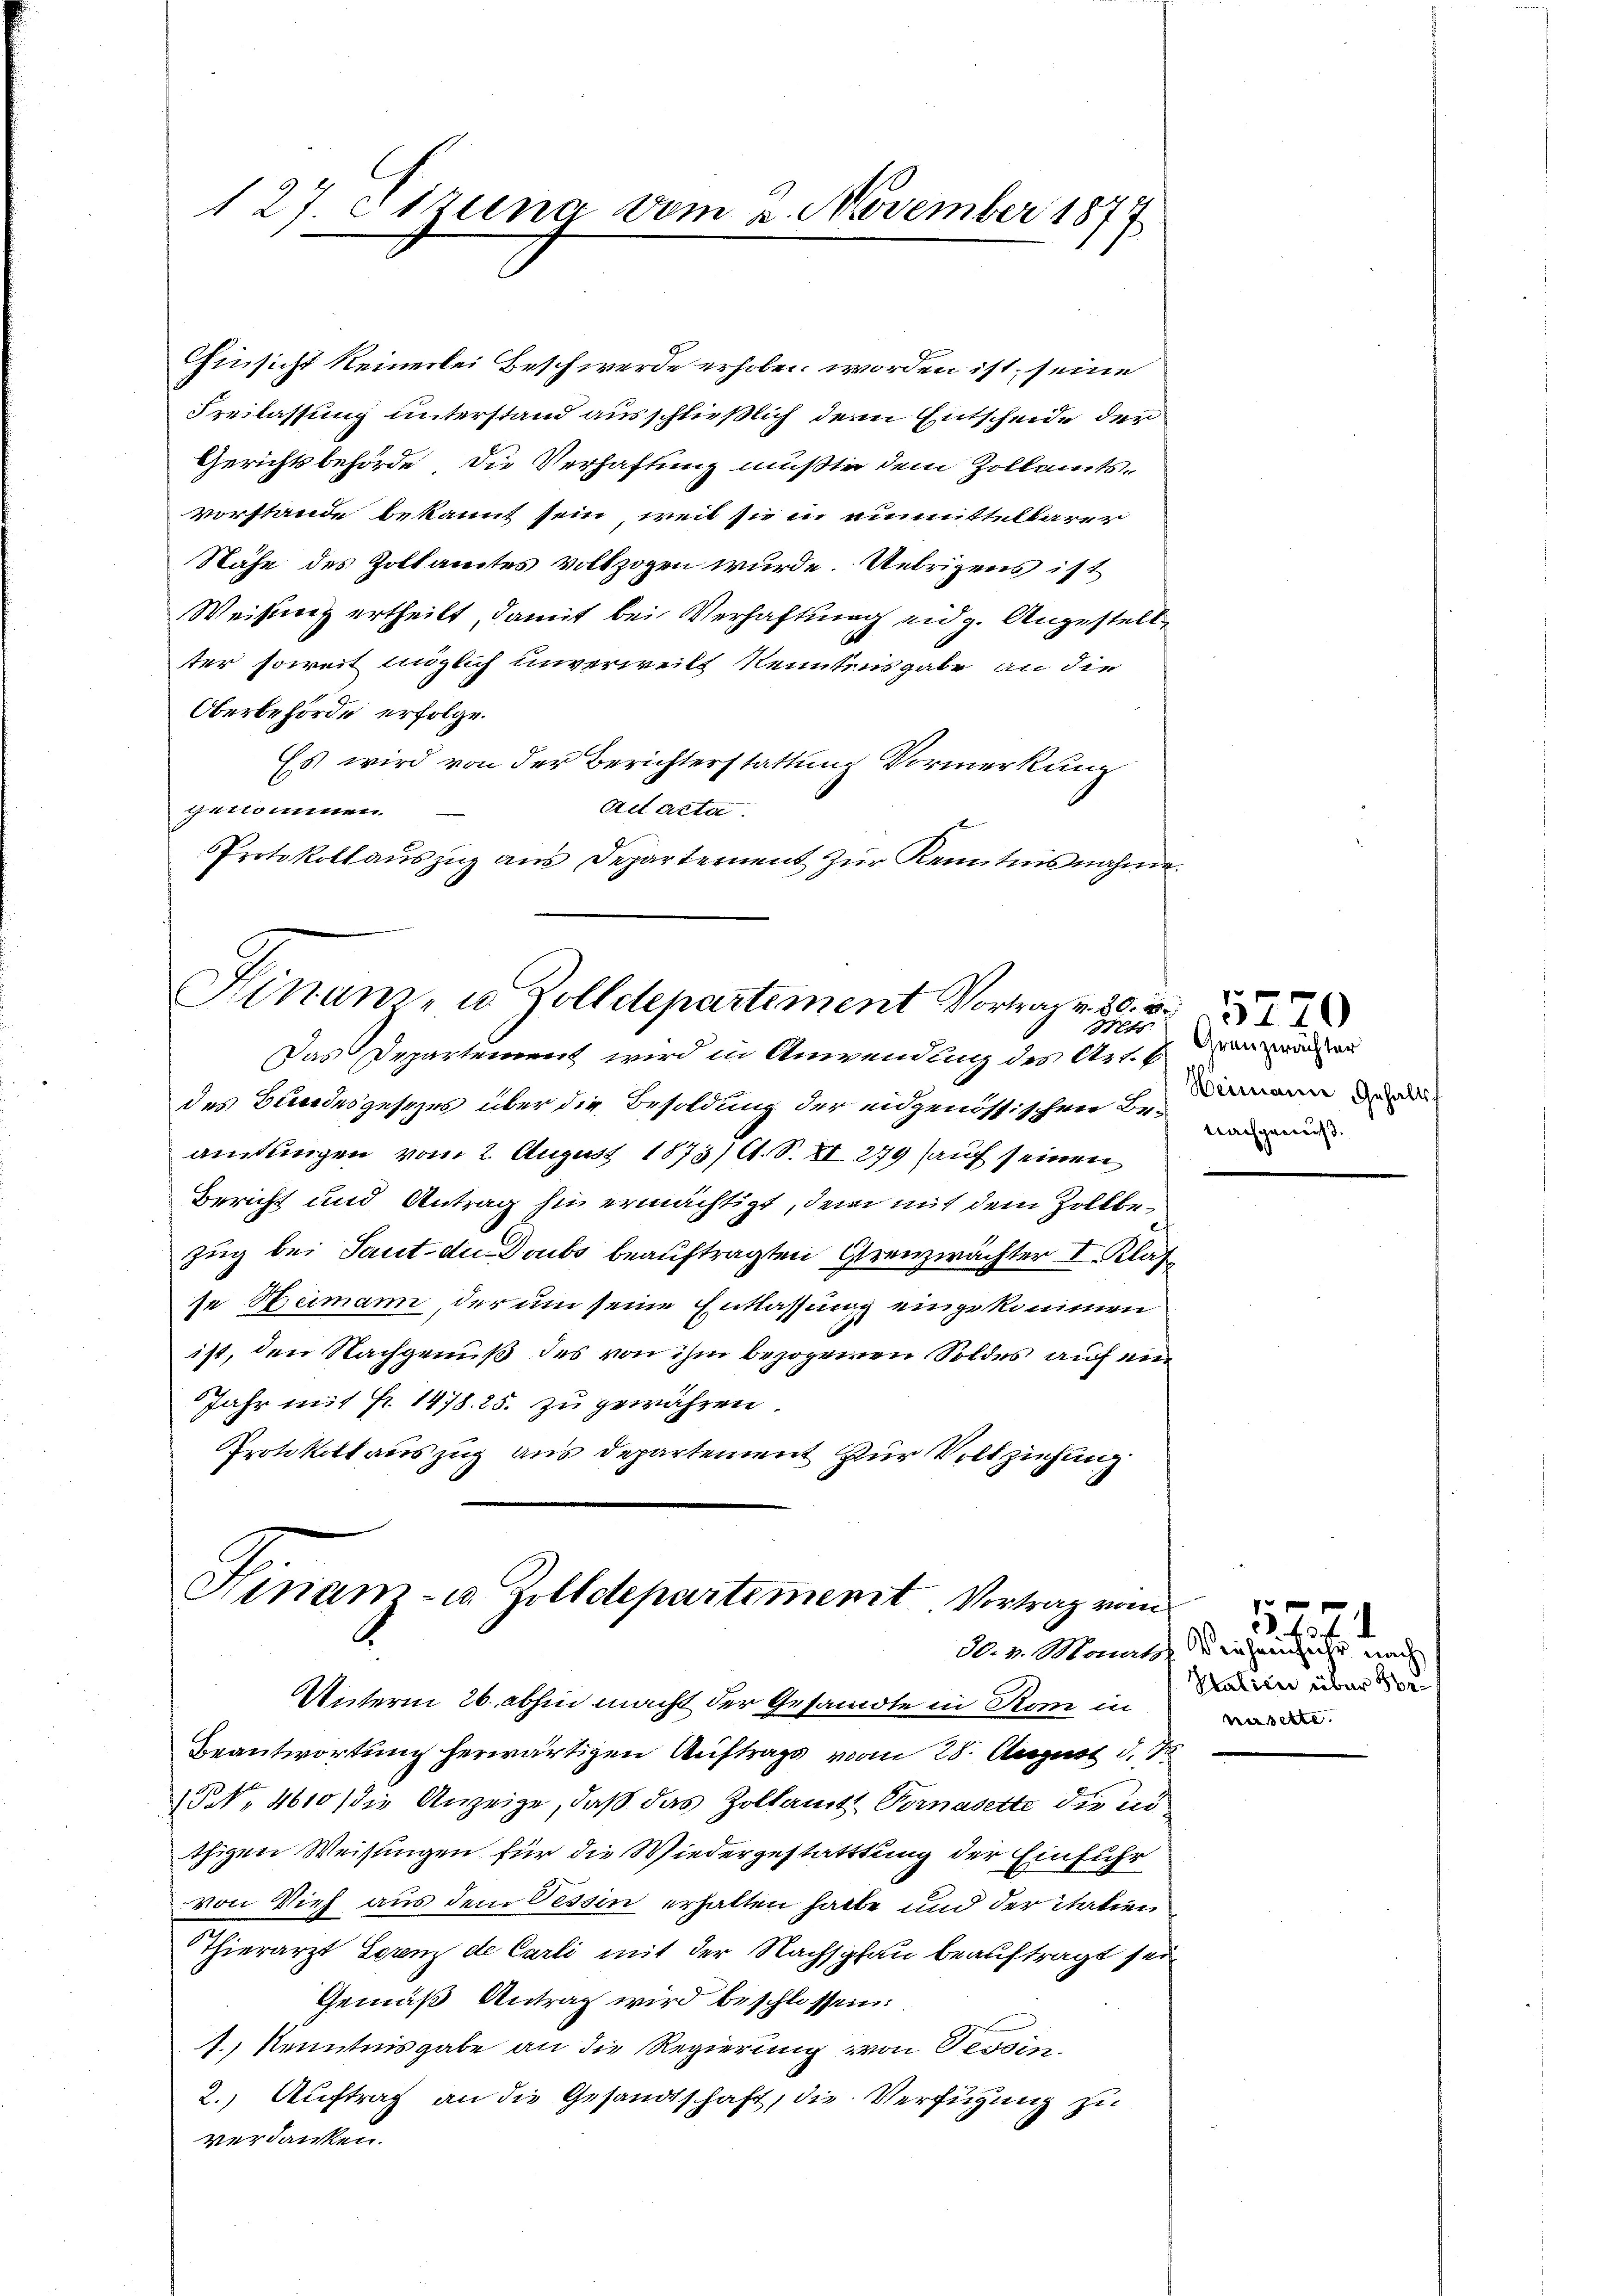
127. Sizung vom 2. November 1877

Hinanz- u. Zolldepartement Vortrag v. 30. v.
Mts.
Das Departement wird in Anwendung des Art. 6

hinsicht keinerlei Beschwerde erhoben worden ist, seine
Freilassung unterstand ausschließlich denn Entscheide den
Gerichtsbehörde, die Verhaftung mußte dem Zollamtsvorstande bekannt sein, weil sie in einmittelbarer
Nähe des Zollamtes vollzogen wurde. Uebrigens ist
Weisung ertheilt, damit bei Verhaftung eidg. Angestell
ter soweit möglich unverweilt kenntens gabe an die
Oberbehörde erfolge.
Es wird von der Berichterstattung Vormerkung
getkommen.
Ad acta.
Protokollaŭszŭg aŭs Departement zŭr Kenntnisnahme.

des Bundesgesezes über die Besoldung der eidgenössischen Beide
amtungen vom 2. August 1873/ A. S. II 279 (auf seinen
Bericht und Antrag hin ermächtigt, dem mit dem Zollbezug bei Saut. die Doubs beauftragten Grenzwächter I. Klasse Heimann, der um seine Entlassung eingekommen
ist, den Nachgenuß des von ihm bezogenen Soldes auf ein
Jahr mit Fr. 1478. 25. zu gewähren.
Protokoll auszug aus departement zur Vollziehung

Hinam- u. Zolldepartement Vortrag vom

Unterm 26. abhin macht der Gesandte in Rom in
Beantwortung herwärtigen Auftrags vom 28. August d. 7.
§ No. 4610, die Anzeige, daß das Zollamts Vornasette die ind
thigen Weisungen für die Wiedergestatttung der Einfuhr
von Vieh aus dem Tessin erhalten hatte und der italien
Thierarzt Lorenz de Carli mit der Nachschau beauftragt sei
Gemäß Antrag wird beschlossen:
1.) Kenntnisgabe an die Regierung von Tessin,
2.) Auftrag an die Gesandtschaft, die Verfügung zu
verdanken.

Granzwächter
Weimann Gehalts-

1
No. 4. Manns daher sehr nach
Italien über be
nisette.

43. 4. d.